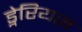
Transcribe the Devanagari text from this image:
ड्नेरियस